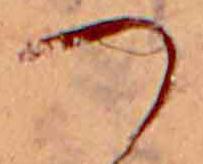
つ